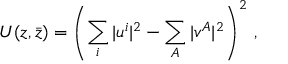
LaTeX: { \cal U } ( z , \bar { z } ) = \left( \sum _ { i } \vert u ^ { i } \vert ^ { 2 } - \sum _ { A } \vert v ^ { A } \vert ^ { 2 } \right) ^ { 2 } \, ,